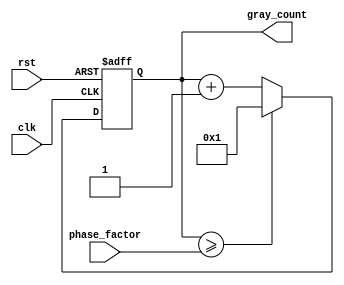
module gray_counter_clock_divider (
    input wire clk,
    input wire rst,
    input wire [7:0] phase_factor, // number of output phases
    output reg [7:0] gray_count
);

always @(posedge clk or posedge rst) begin
    if (rst) begin
        gray_count <= 8'b00000001; // initialize counter to 1
    end else begin
        gray_count <= gray_count + 1; // increment counter
        if (gray_count >= phase_factor) begin
            gray_count <= 8'b00000001; // reset counter if exceeds phase factor
        end
    end
end

endmodule